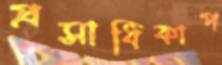
প্রসাধিকাপ